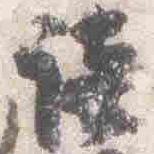
談